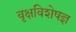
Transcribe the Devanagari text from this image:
वृक्षविशेषज्ञ